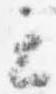
云